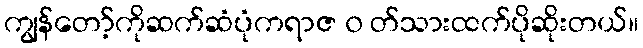
ကျွန်တော့်ကိုဆက်ဆံပုံကရာဇ ၀ တ်သားထက်ပိုဆိုးတယ်။